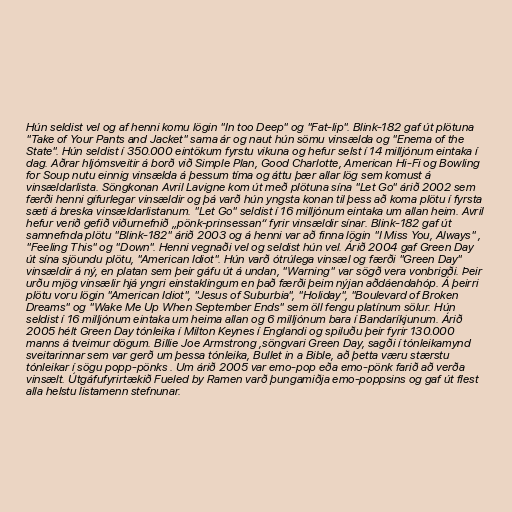
Hún seldist vel og af henni komu lögin "In too Deep" og "Fat-lip". Blink-182 gaf út plötuna
"Take of Your Pants and Jacket" sama ár og naut hún sömu vinsælda og "Enema of the
State". Hún seldist í 350.000 eintökum fyrstu vikuna og hefur selst í 14 milljónum eintaka í
dag. Aðrar hljómsveitir á borð við Simple Plan, Good Charlotte, American Hi-Fi og Bowling
for Soup nutu einnig vinsælda á þessum tíma og áttu þær allar lög sem komust á
vinsældarlista. Söngkonan Avril Lavigne kom út með plötuna sína "Let Go" árið 2002 sem
færði henni gífurlegar vinsældir og þá varð hún yngsta konan til þess að koma plötu í fyrsta
sæti á breska vinsældarlistanum. "Let Go" seldist í 16 milljónum eintaka um allan heim. Avril
hefur verið gefið viðurnefnið „pönk-prinsessan“ fyrir vinsældir sínar. Blink-182 gaf út
samnefnda plötu "Blink-182" árið 2003 og á henni var að finna lögin "I Miss You, Always" ,
"Feeling This" og "Down". Henni vegnaði vel og seldist hún vel. Árið 2004 gaf Green Day
út sína sjöundu plötu, "American Idiot". Hún varð ótrúlega vinsæl og færði "Green Day"
vinsældir á ný, en platan sem þeir gáfu út á undan, "Warning" var sögð vera vonbrigði. Þeir
urðu mjög vinsælir hjá yngri einstaklingum en það færði þeim nýjan aðdáendahóp. Á þeirri
plötu voru lögin "American Idiot", "Jesus of Suburbia", "Holiday", "Boulevard of Broken
Dreams" og "Wake Me Up When September Ends" sem öll fengu platínum sölur. Hún
seldist í 16 milljónum eintaka um heima allan og 6 milljónum bara í Bandaríkjunum. Árið
2005 hélt Green Day tónleika í Milton Keynes í Englandi og spiluðu þeir fyrir 130.000
manns á tveimur dögum. Billie Joe Armstrong ,söngvari Green Day, sagði í tónleikamynd
sveitarinnar sem var gerð um þessa tónleika, Bullet in a Bible, að þetta væru stærstu
tónleikar í sögu popp-pönks . Um árið 2005 var emo-pop eða emo-pönk farið að verða
vinsælt. Útgáfufyrirtækið Fueled by Ramen varð þungamiðja emo-poppsins og gaf út flest
alla helstu listamenn stefnunar.